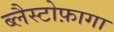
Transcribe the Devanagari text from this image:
ब्लैस्टोफ़ागा